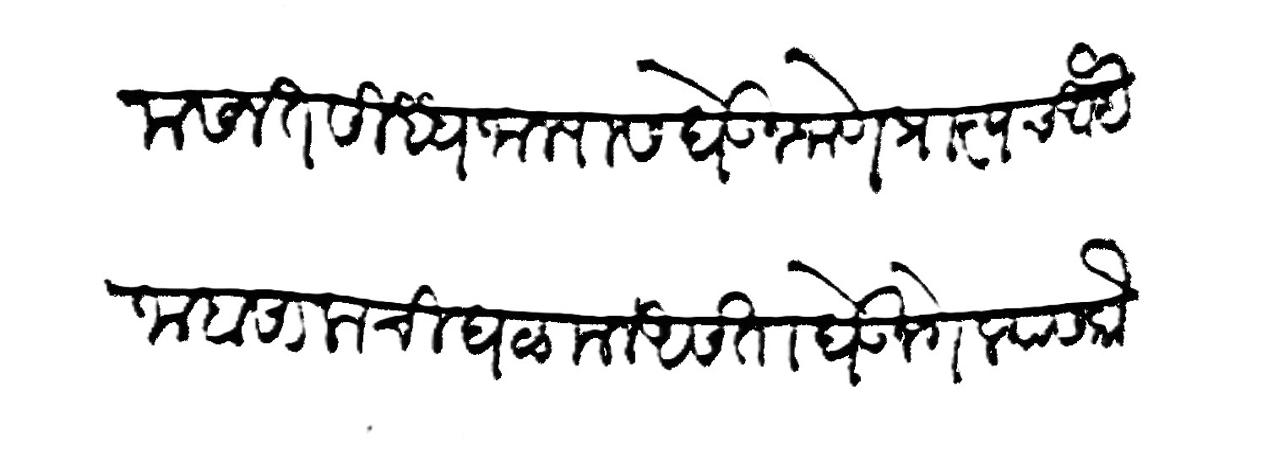
Transliteration (Devanagari): मसलत सिध्ध जाल्यास घेऊन जाणे प्राप्तच आहे जाबसालाची घळमल असता घेऊन गेल्यास कौली